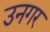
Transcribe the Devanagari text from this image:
उनगर